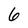
Character: 6